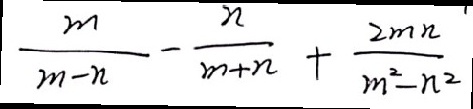
\frac { m } { m - n } - \frac { n } { m + n } + \frac { 2 m n } { m ^ { 2 } - n ^ { 2 } }